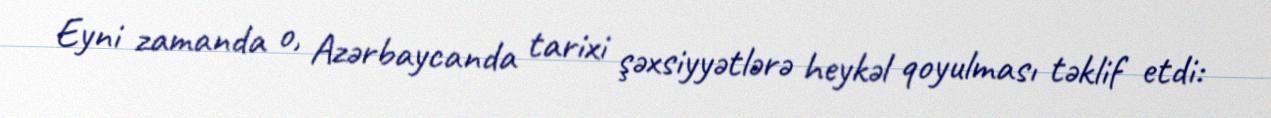
Eyni zamanda o, Azərbaycanda tarixi şəxsiyyətlərə heykəl qoyulması təklif etdi: